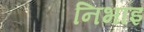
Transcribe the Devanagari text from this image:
निभाइ